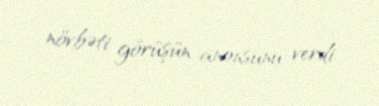
növbəti görüşün anonsunu verdi.